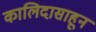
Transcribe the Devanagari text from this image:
कालिदासाहून